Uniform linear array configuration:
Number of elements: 8
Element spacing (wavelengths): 0.75
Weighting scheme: kaiser
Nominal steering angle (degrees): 0
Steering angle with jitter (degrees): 0.8239
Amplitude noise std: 0.05
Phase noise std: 0.05

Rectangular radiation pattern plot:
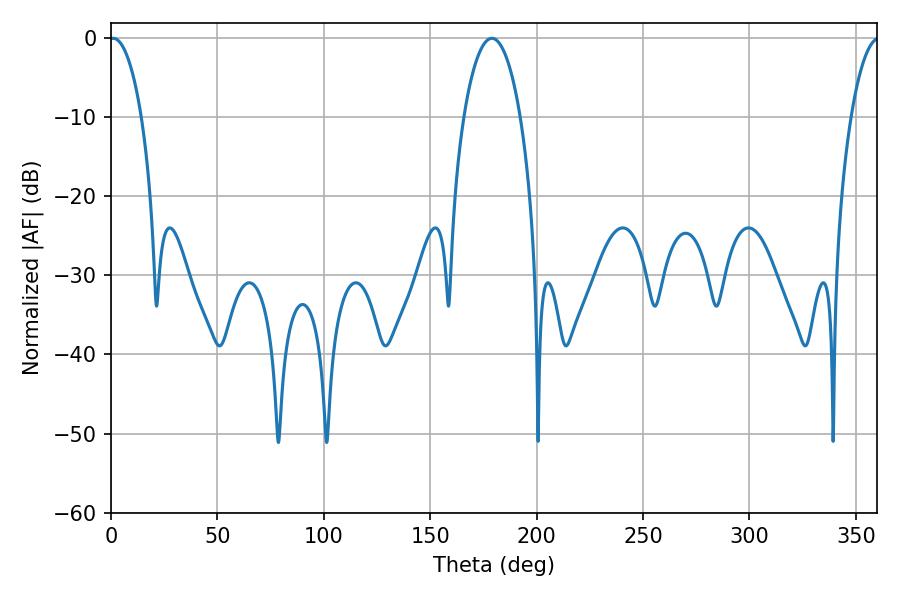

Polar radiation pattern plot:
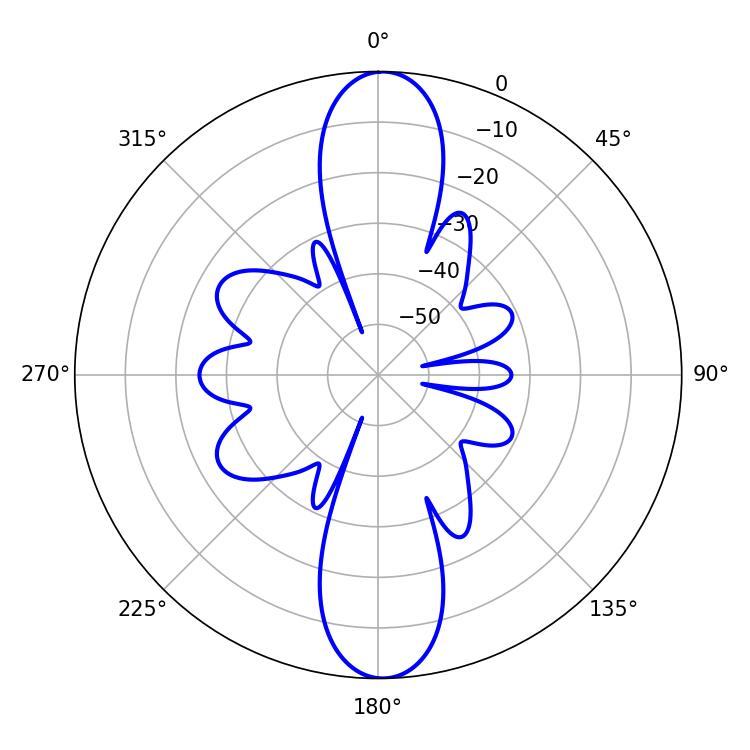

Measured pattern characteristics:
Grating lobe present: TRUE
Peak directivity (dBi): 24.306
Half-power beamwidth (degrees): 8.46
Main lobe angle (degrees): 1.08